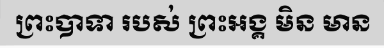
ព្រះបាទា របស់ ព្រះអង្គ មិន មាន